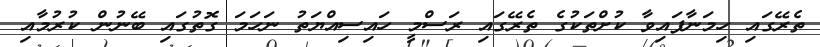
ތެރޭގައި ހިމަނާފައިވާ ކުށްތަކުގެ ތެރޭގައި ރަސްމީ ހައިސިއްޔަތު ނަހަމަ ގޮތުގައި ބޭނުން ކުރުމާއި